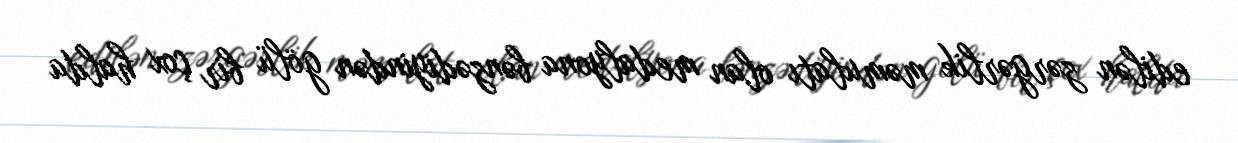
edilən zərgərlik məmulatı olan medalyona bənzədiyindən gölü bir çox halda